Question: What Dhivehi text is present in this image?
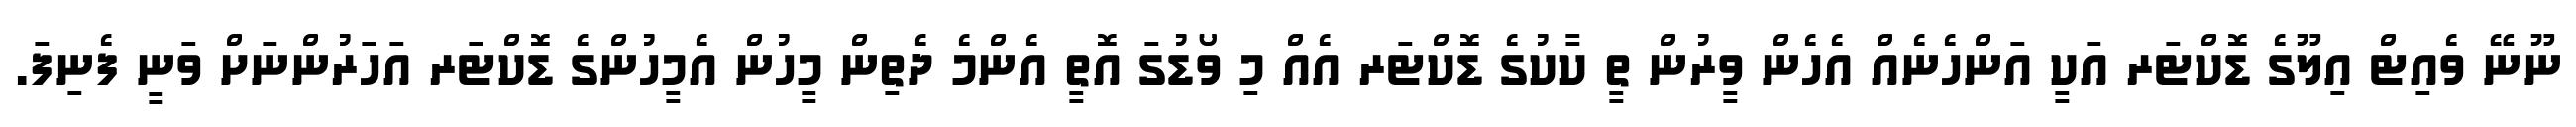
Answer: ނޫނޭ ވެއިޓް އިލޫގެ ޑޮކްޓަރ އަކީ އަންހެނެއް އެހެން ވީރުން ތީ ކާކުގެ ޑޮކްޓަރ އެއް މި ވޯޑުގަ އޮތީ އެންމެ ދެތިން މީހުން އެމީހުންގެ ޑޮކްޓަރ އަހަރުންނަށް ވަނީ ފެނިފަ.